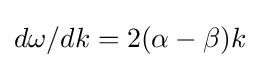
d\omega /dk=2(\alpha -\beta )k